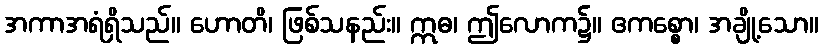
အကာအရံရှိသည်။ ဟောတိ၊ ဖြစ်သနည်း။ ဣဓ၊ ဤလောက၌။ ဧကစ္စော၊ အချို့သော။